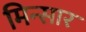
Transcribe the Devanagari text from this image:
मिन्सार